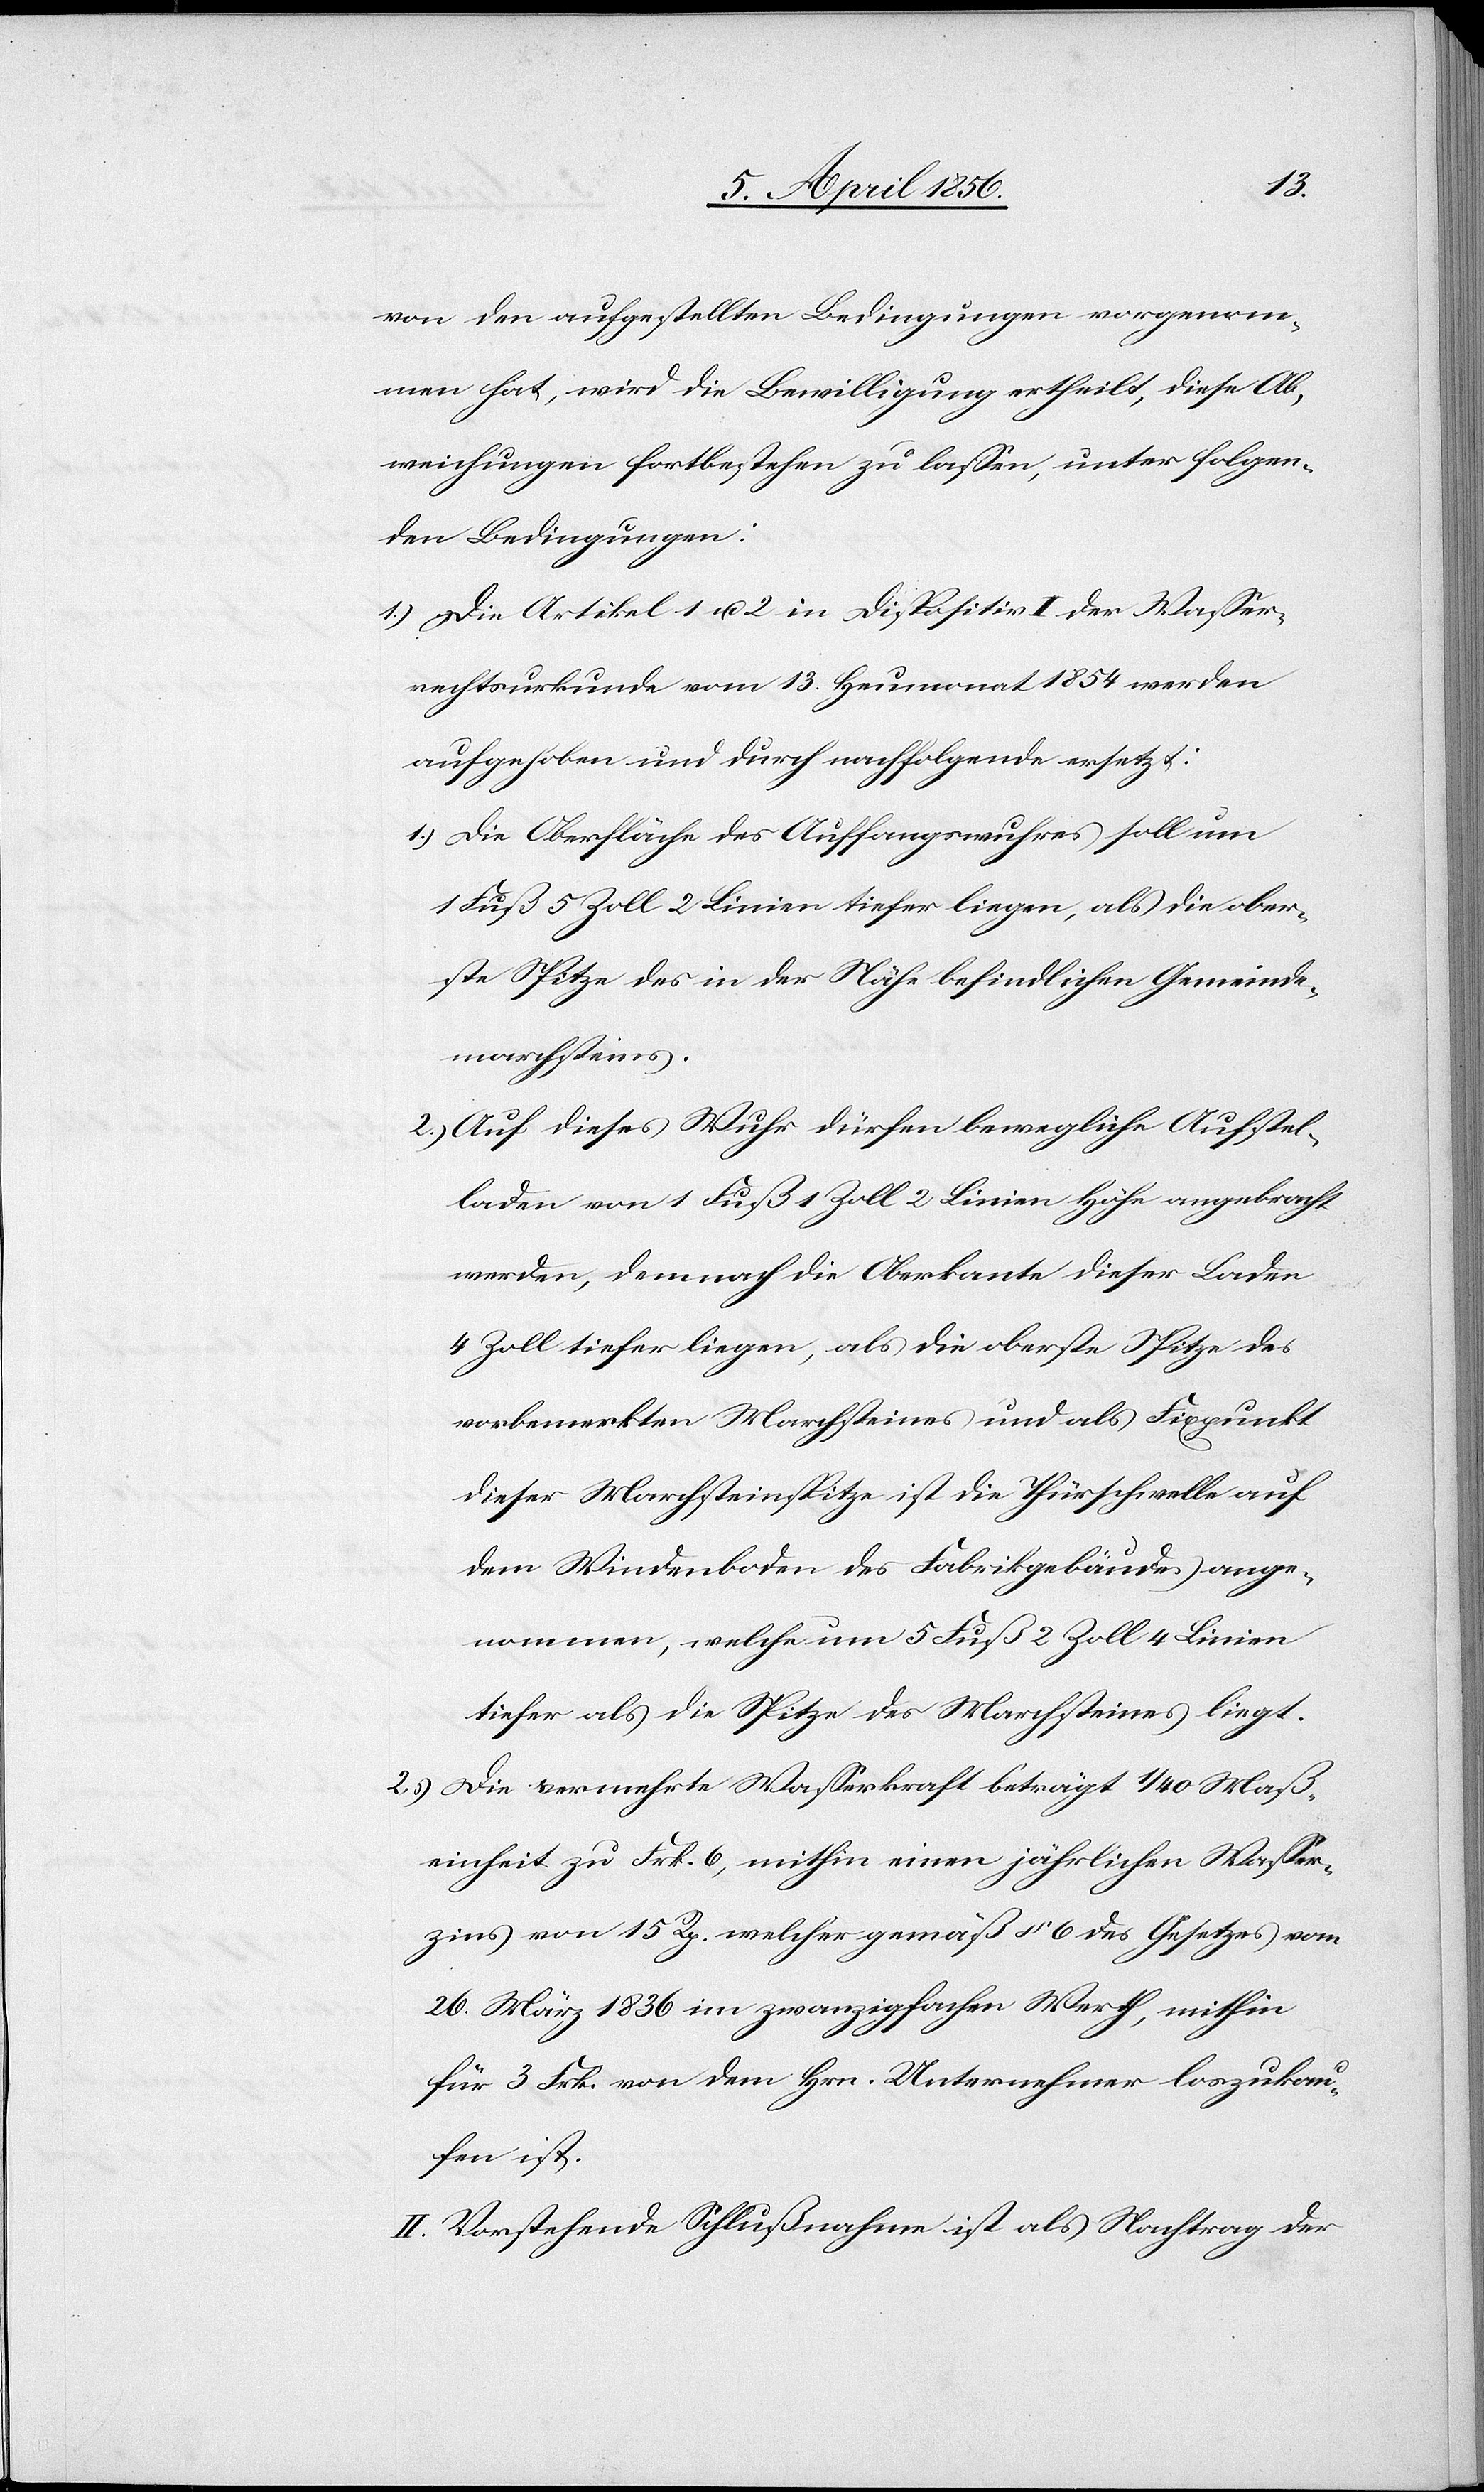
von den aufgestellten Bedingungen vorgenom¬
men hat, wird die Bewilligung ertheilt, diese Ab¬
weichungen fortbestehen zu lassen, unter folgen¬
den Bedingungen:
1.) Die Artikel 1 u. 2 in Dispositiv I der Wasser¬
rechtsurkunde vom 13. Heumonat 1854 werden
aufgehoben und durch nachfolgende ersetzt:
1.) die Oberfläche des Auffangswuhres soll um
1 Fuß 5 Zoll 2 Linien tiefer liegen, als die ober¬
ste Spitze des in der Nähe befindlichen Gemeinde¬
marchsteins.
2.) Auf dieses Wuhr dürfen bewegliche Aufstel¬
laden von 1 Fuß 1 Zoll 2 Linien Höhe angebracht
werden, demnach die Oberkante dieser Laden
4 Zoll tiefer liegen, als die oberste Spitze des
vorbemerkten Marchsteines und als Fixpunkt
dieser Marchsteinspitze ist die Thürschwelle auf
dem Windenboden des Fabrikgebäudes ange¬
nommen, welche um 5 Fuß 2 Zoll 4 Linien
tiefer als die Spitze des Marchsteines liegt.
2.) Die vermehrte Wasserkraft beträgt 1/40 Maß¬
einheit zu Frk. 6, mithin einen jährlichen Wasser¬
zins von 15 Rp. welcher gemäß § 6 des Gesetzes vom
26. März 1836 im zwanzigfachen Werth, mithin
für 3 Frk. von dem Hrn. Unternehmer loszukau¬
fen ist.
II. Vorstehende Schlußnahme ist als Nachtrag der